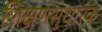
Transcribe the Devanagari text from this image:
शिक्षणसुधारक